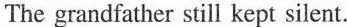
The grandfather still kept silent.